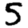
Digit: 5